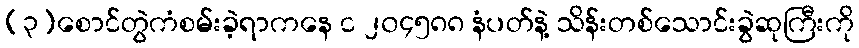
(၃)စောင်တွဲကံစမ်းခဲ့ရာကနေ င ၂၀၄၅၈၈ နံပတ်နဲ့ သိန်းတစ်သောင်းခွဲဆုကြီးကို